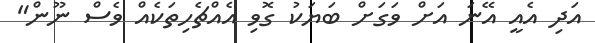
އަދި އެއީ އޭނަ އަށް ވަގަށް ބަޔަކު ގޮވި އެއްޗެހިތަކެއް ވެސް ނޫން"